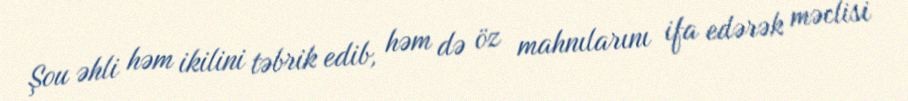
Şou əhli həm ikilini təbrik edib, həm də öz mahnılarını ifa edərək məclisi